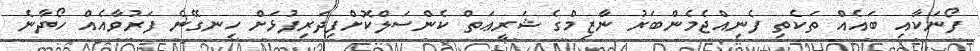
ފޯނަކާއި ބައެއް ތަކެތި ފެނިއްޖެމެންބަރު ނާޒިމްގެ ޝަރީޢަތް ކެންސަލްކޮށްފިދަރިފުޅަށް ހިނގޭނެ ފަރުވާއެއް ހޯދާނެ